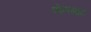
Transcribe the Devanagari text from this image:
पोतगाह